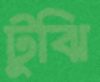
টুঝি